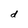
Character: d